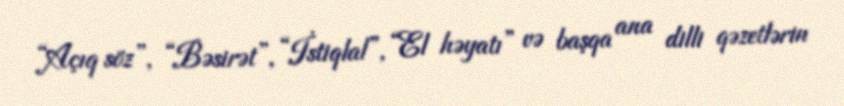
“Açıq söz”, “Bəsirət”, “İstiqlal”, “El həyatı” və başqa ana dilli qəzetlərin